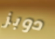
دوبز